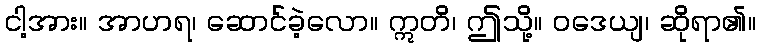
ငါ့အား။ အာဟရ၊ ဆောင်ခဲ့လော။ ဣတိ၊ ဤသို့။ ဝဒေယျ၊ ဆိုရာ၏။